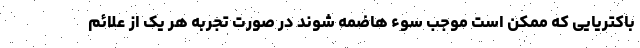
باکتریایی که ممکن است موجب سوء هاضمه شوند در صورت تجربه هر یک از علائم